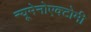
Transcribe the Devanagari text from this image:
न्यूमेनोएक्टोमी